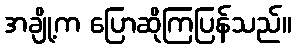
အချို့က ပြောဆိုကြပြန်သည်။